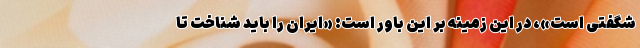
شگفتی است»، در این زمینه بر این باور است: «ایران را باید شناخت تا